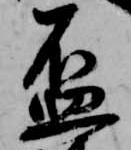
盃